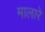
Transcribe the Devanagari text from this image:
मालारे